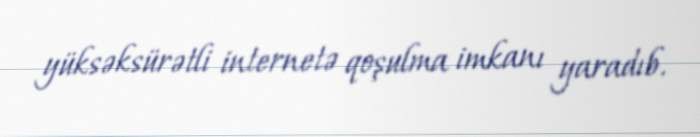
yüksəksürətli internetə qoşulma imkanı yaradıb.